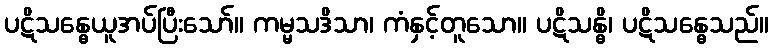
ပဋိသန္ဓေယူအပ်ပြီးသော်။ ကမ္မသဒိသာ၊ ကံနှင့်တူသော။ ပဋိသန္ဓိ၊ ပဋိသန္ဓေသည်။